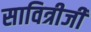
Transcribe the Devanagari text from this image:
सावित्रीजी